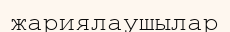
жариялаушылар